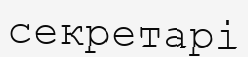
секретарі